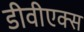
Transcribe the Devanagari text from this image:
डीवीएक्स